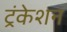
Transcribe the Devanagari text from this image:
ट्रंकेशन